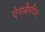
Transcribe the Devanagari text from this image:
ऐनाबैपटिस्ट